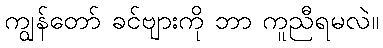
ကျွန်တော် ခင်ဗျားကို ဘာ ကူညီရမလဲ။